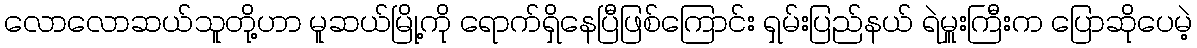
လောလောဆယ်သူတို့ဟာ မူဆယ်မြို့ကို ရောက်ရှိနေပြီဖြစ်ကြောင်း ရှမ်းပြည်နယ် ရဲမှူးကြီးက ပြောဆိုပေမဲ့